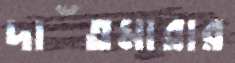
দাঁতমারার